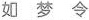
如 梦 令